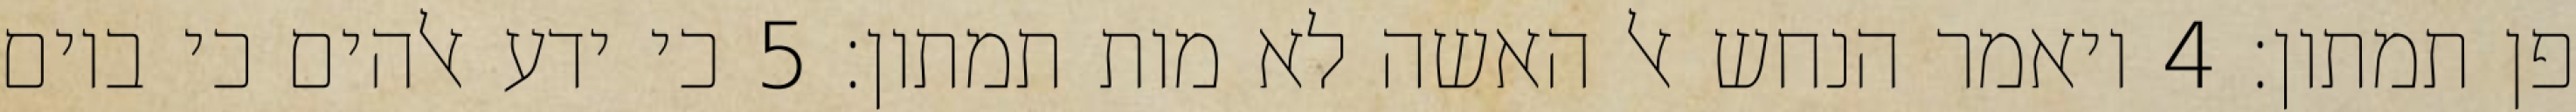
פן תמתון׃ ‎4‏ ויאמר הנחש אל האשה לא מות תמתון׃ ‎5‏ כי ידע אלהים כי ביום